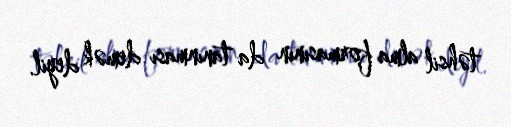
təhsil alma formasının da tanınması demək deyil.